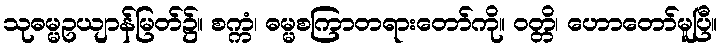
သုဓမ္မဥယျာန်မြတ်၌။ စက္ကံ၊ ဓမ္မစကြာတရားတော်ကို။ ဝတ္တိ၊ ဟောတော်မူပြီ။